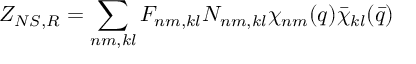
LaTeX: Z _ { N S , R } = \sum _ { n m , k l } F _ { n m , k l } N _ { n m , k l } \chi _ { n m } ( q ) \bar { \chi } _ { k l } ( \bar { q } )